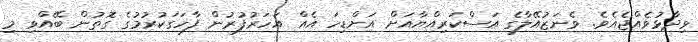
ވިދާޅުވެއްޖެއެވެ. ވެނަޒުއޭލާގެ އަސްކަރިއްޔާއަށް އަށްޑިހަ އެއް އަހަރުފުރުން ފާހަގަކުރުމުގެ ގޮތުން ބޭއްވި މި